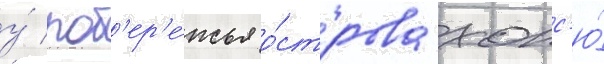
у́ поб'ер'е́жья о́строва хонс'ю́